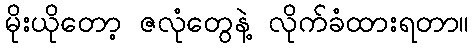
မိုးယိုတော့ ဇလုံတွေနဲ့ လိုက်ခံထားရတာ။